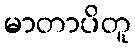
မာတာပိတူ